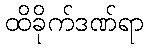
ထိခိုက်ဒဏ်ရာ